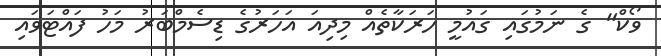
ވޯކް" ގެ ނަމުގައި ގައުމީ ހަރަކާތެއް މިދިއަ އަހަރުގެ ޑިސެމްބަރު މަހު ފައްޓަވައި